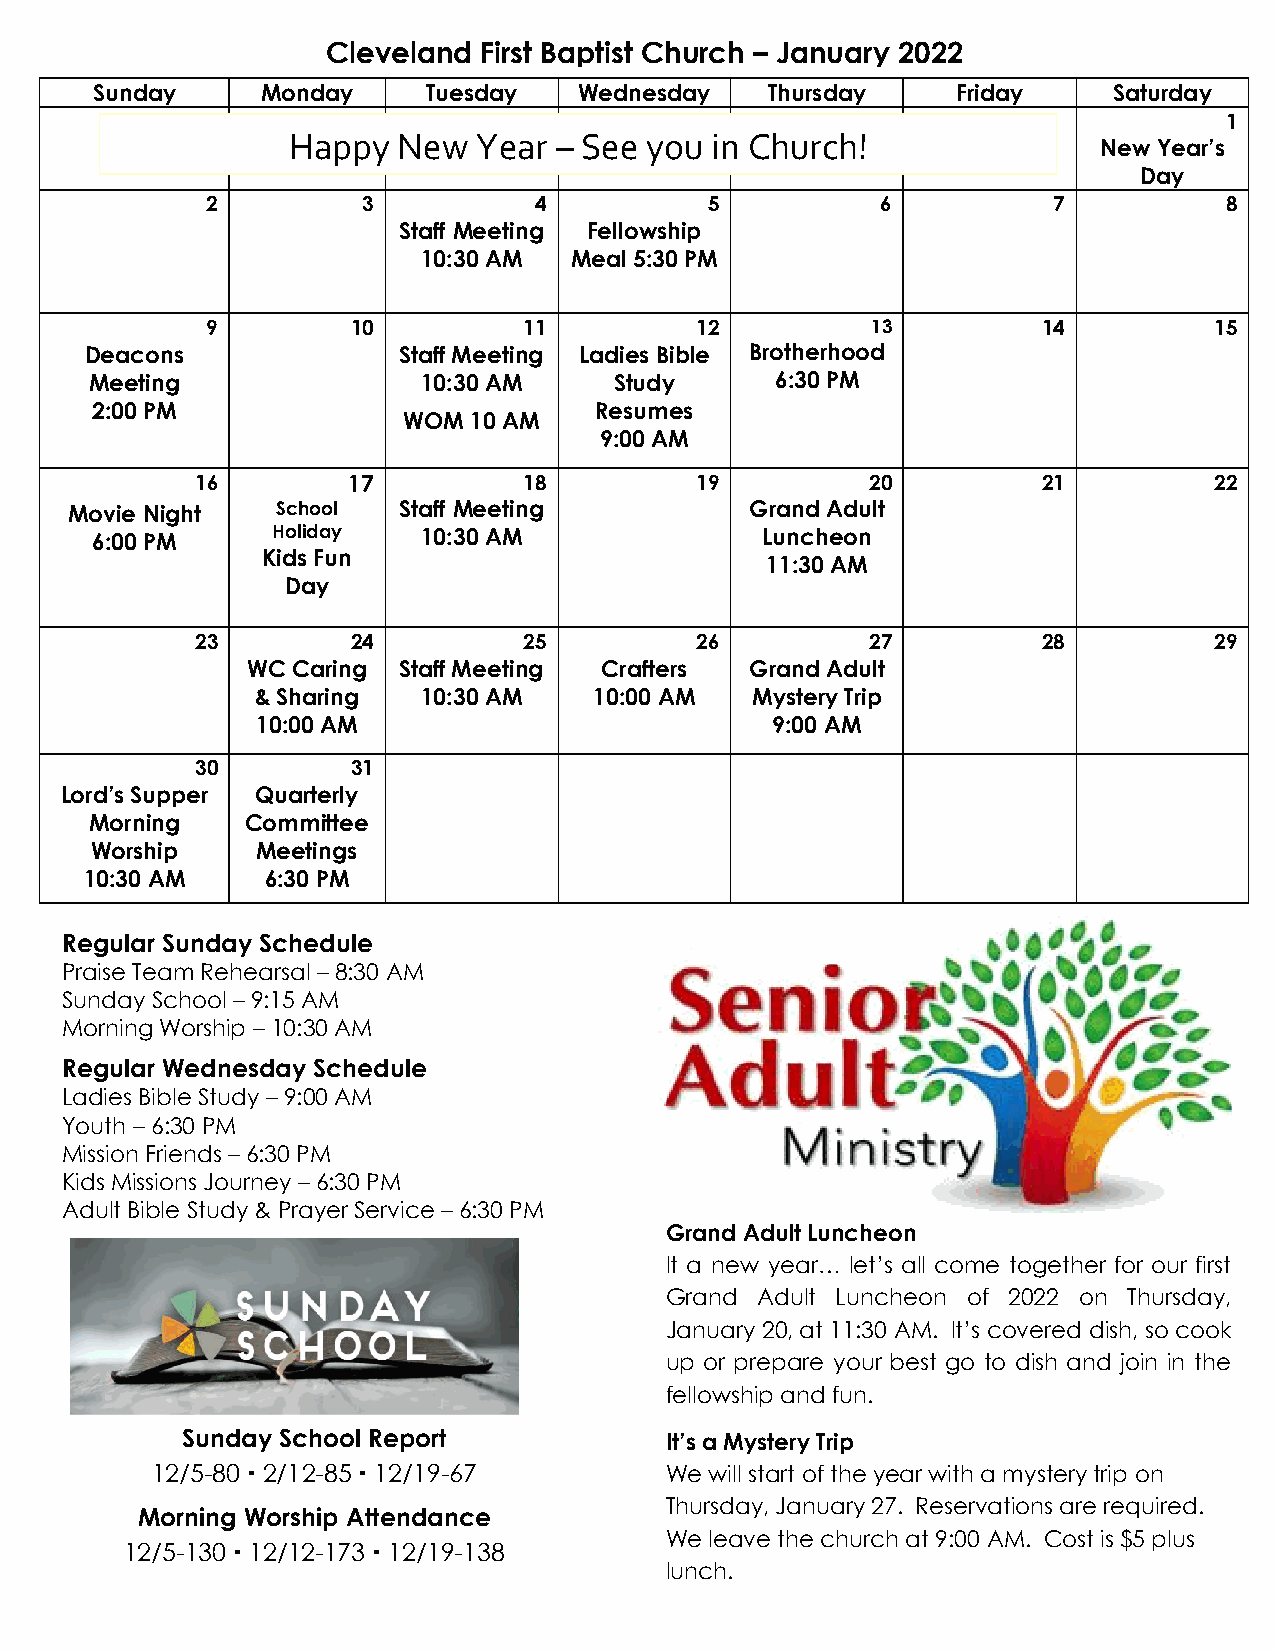
Budget Receipts YTD….$208,436.00
 Budget Under………….-$ 16,117.00
 Building Fund…………...$ 58,336.15
 Annie Armstrong ………...$ 5,265.00
 Cleveland First Baptist Church – January 2022
 Sunday     Monday     Tuesday   Wednesday    Thurs day   Friday     Saturday
 Happy  New   Year – See you in Chur ch!
 New
 D
 aYe
 y
 ar’s
 1
 2         3          4           5          6           7          8
 Staff Meeting Fellowship
 10:30 AM  Meal 5:30 PM
 9        10          11         12          13         14         15
 Deacons             Staff Meeting Ladies Bible Brotherhood
 Meeting               10:30 AM     Study     6:30 PM
 2:00 PM
 WO M 1 0 AM
 Resumes
 9:00 AM
 16        17          18         19          20         21         22
 Movie Night  School  Staff Meeting           Grand Adult
 6:00 PM     Holiday   10:30 AM              Luncheon
 Kids Fun
 11:30 AM
 Day
 23        24          25         26          27         28         29
 WC Caring Staff Meeting Crafters  Grand Adult
 & Sharing  10:30 AM   10:00 AM   Mystery Trip
 10:00 AM                          9:00 AM
 30        31
 Lord’s Supper Quarterly
 Morning   Committee
 Worship    Meetings
 10:30 AM    6:30 PM
 R egular Sunday Schedule
 Praise Team Rehearsal – 8:30 AM
 Sunday School – 9:15 AM
 Morning Worship – 10:30 AM
 Regular Wednesday Schedule
 Ladies Bible Study – 9:00 AM
 Youth – 6:30 PM
 Mission Friends – 6:30 PM
 Kids Missions Journey – 6:30 PM
 Adult Bible Study & Prayer Service – 6:30 PM
 Grand Adult Luncheon
 It a new year… let’s all come together for our first
 Grand Adult Luncheon of 2022 on Thursday,
 January 20, at 11:30 AM. It’s covered dish, so cook
 up or prepare your best go to dish and join in the
 fellowship and fun.
 Sunday School Report            It’s a Mystery Trip
 12/5-80  2/12-85  12/19-67      We will start of the year with a mystery trip on
 Thursday, January 27. Reservations are required.
 Morning Worship Attendance
 We leave the church at 9:00 AM. Cost is $5 plus
 12/5-130  12/12-173  12/19-138
 lunch.